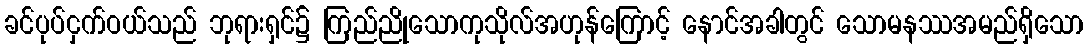
ခင်ပုပ်ငှက်ဝယ်သည် ဘုရားရှင်၌ ကြည်ညိုသောကုသိုလ်အဟုန်ကြောင့် နောင်အခါတွင် သောမနဿအမည်ရှိသော